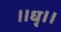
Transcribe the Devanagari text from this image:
॥धृ।।